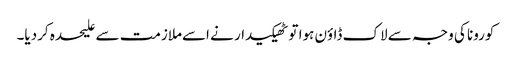
کورونا کی وجہ سے لاک ڈاؤن ہوا تو ٹھیکیدار نے اسےملازمت سے علیحدہ کردیا۔